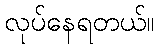
လုပ်နေရတယ်။